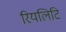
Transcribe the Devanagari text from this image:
रियलिटि